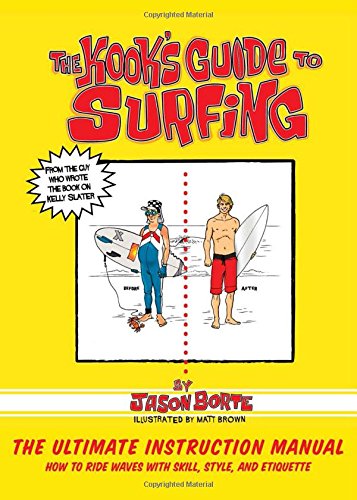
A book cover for The Kook's Guide to Surfing: The Ultimate Instruction Manual: How to Ride Waves with Skill, Style, and Etiquette; Jason Borte; Sports & Outdoors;